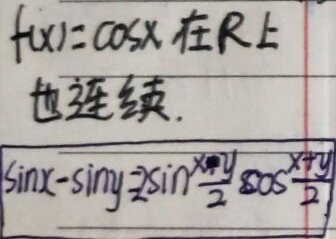
\(f(x)=\cos x\) 在 \(\mathbb{R}\) 上也连续。\(\sin x - \sin y = 2\sin\frac{x - y}{2}\cos\frac{x + y}{2}\)